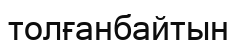
толғанбайтын